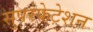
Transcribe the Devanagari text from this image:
सुपरफेटेशन